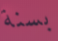
بسنة